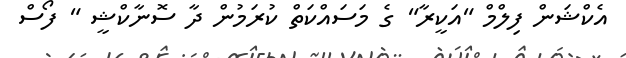
އެކްޝަން ފިލްމް "އަކީރާ" ގެ މަސައްކަތް ކުރަމުން ދާ ސޮނާކްޝީ " ފޯސް